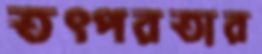
তত্পরতার